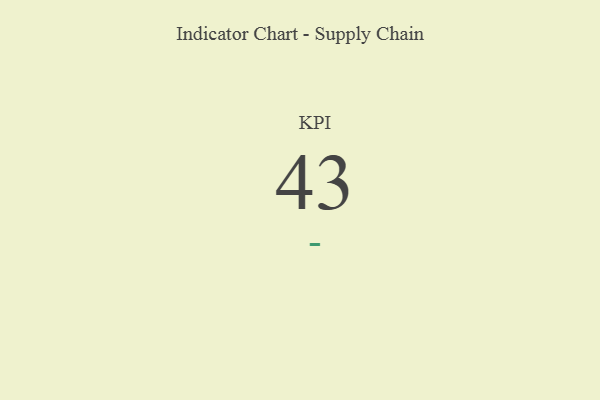
{"axis": {"x": "KPI", "y": "Value"}, "legend": [""], "data": [{"x": "KPI", "y": 43, "type": ""}]}